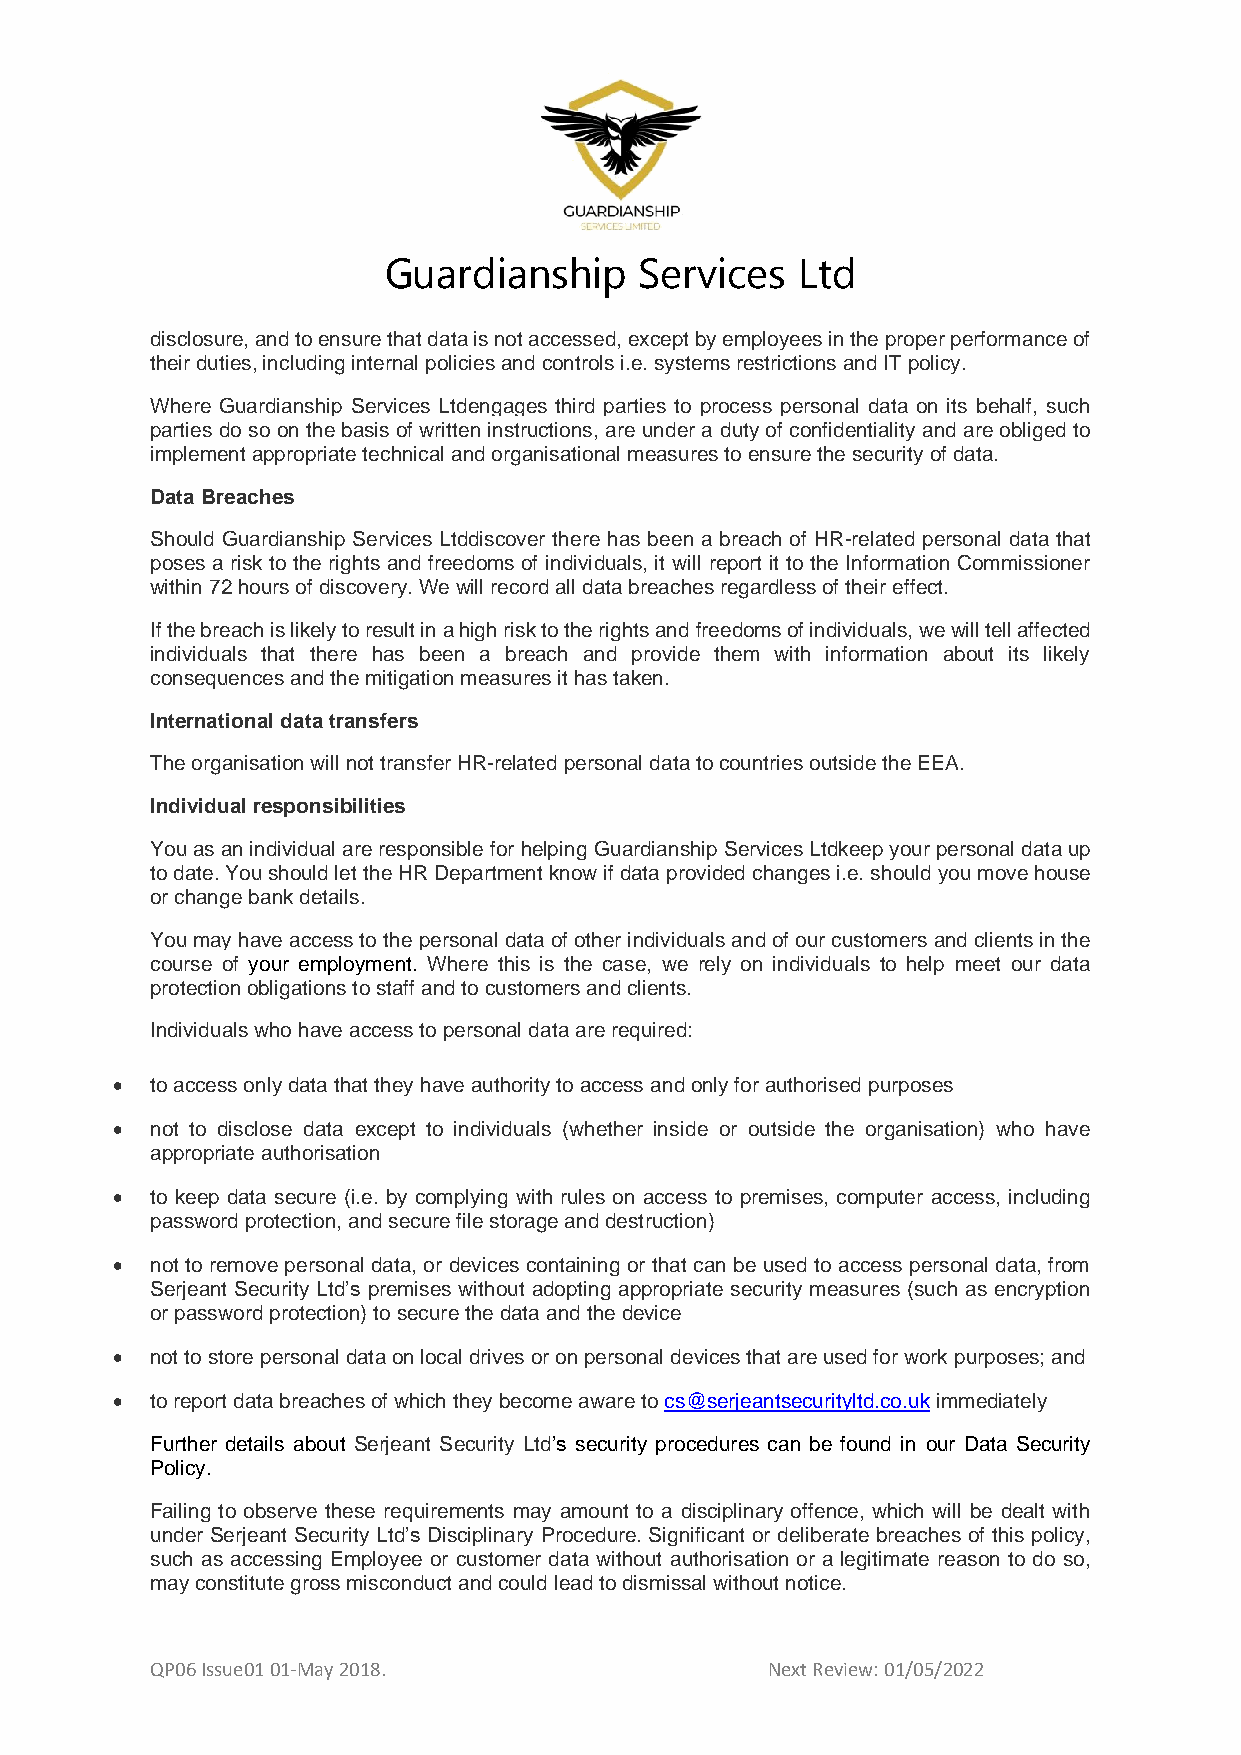
Guardianship     Services   Ltd
 disclosure, and to ensure that data is not accessed, except by employees in the proper performance of
 their duties, including internal policies and controls i.e. systems restrictions and IT policy.
 Where Guardianship Services Ltdengages third parties to process personal data on its behalf, such
 parties do so on the basis of written instructions, are under a duty of confidentiality and are obliged to
 implement appropriate technical and organisational measures to ensure the security of data.
 Data Breaches
 Should Guardianship Services Ltddiscover there has been a breach of HR-related personal data that
 poses a risk to the rights and freedoms of individuals, it will report it to the Information Commissioner
 within 72 hours of discovery. We will record all data breaches regardless of their effect.
 If the breach is likely to result in a high risk to the rights and freedoms of individuals, we will tell affected
 individuals that there has been a breach and provide them with information about its likely
 consequences and the mitigation measures it has taken.
 International data transfers
 The organisation will not transfer HR-related personal data to countries outside the EEA.
 Individual responsibilities
 You as an individual are responsible for helping Guardianship Services Ltdkeep your personal data up
 to date. You should let the HR Department know if data provided changes i.e. should you move house
 or change bank details.
 You may have access to the personal data of other individuals and of our customers and clients in the
 course of your employment. Where this is the case, we rely on individuals to help meet our data
 protection obligations to staff and to customers and clients.
 Individuals who have access to personal data are required:
 •  to access only data that they have authority to access and only for authorised purposes
 •  not to disclose data except to individuals (whether inside or outside the organisation) who have
 appropriate authorisation
 •  to keep data secure (i.e. by complying with rules on access to premises, computer access, including
 password protection, and secure file storage and destruction)
 •  not to remove personal data, or devices containing or that can be used to access personal data, from
 Serjeant Security Ltd’s premises without adopting appropriate security measures (such as encryption
 or password protection) to secure the data and the device
 •  not to store personal data on local drives or on personal devices that are used for work purposes; and
 •  to report data breaches of which they become aware to cs@serjeantsecurityltd.co.uk immediately
 Further details about Serjeant Security Ltd’s security procedures can be found in our Data Security
 Policy.
 Failing to observe these requirements may amount to a disciplinary offence, which will be dealt with
 under Serjeant Security Ltd’s Disciplinary Procedure. Significant or deliberate breaches of this policy,
 such as accessing Employee or customer data without authorisation or a legitimate reason to do so,
 may constitute gross misconduct and could lead to dismissal without notice.
 QP06 Issue01 01-May 2018.                Next Review: 01/05/2022